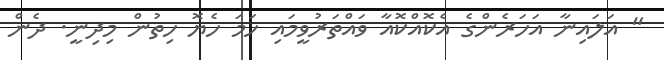
" އަލައިނާ އަހަރެންގެ އެކޮއްކޮއާ ވައްތަރުވީމައި ހަމަ ހެޔޮ ހިތުން މިދިނީ. ދެން